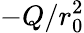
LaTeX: -Q/r_{0}^{2}